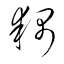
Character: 耦